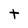
Character: t